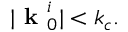
| \textbf { k } _ { 0 } ^ { i } | < k _ { c } .